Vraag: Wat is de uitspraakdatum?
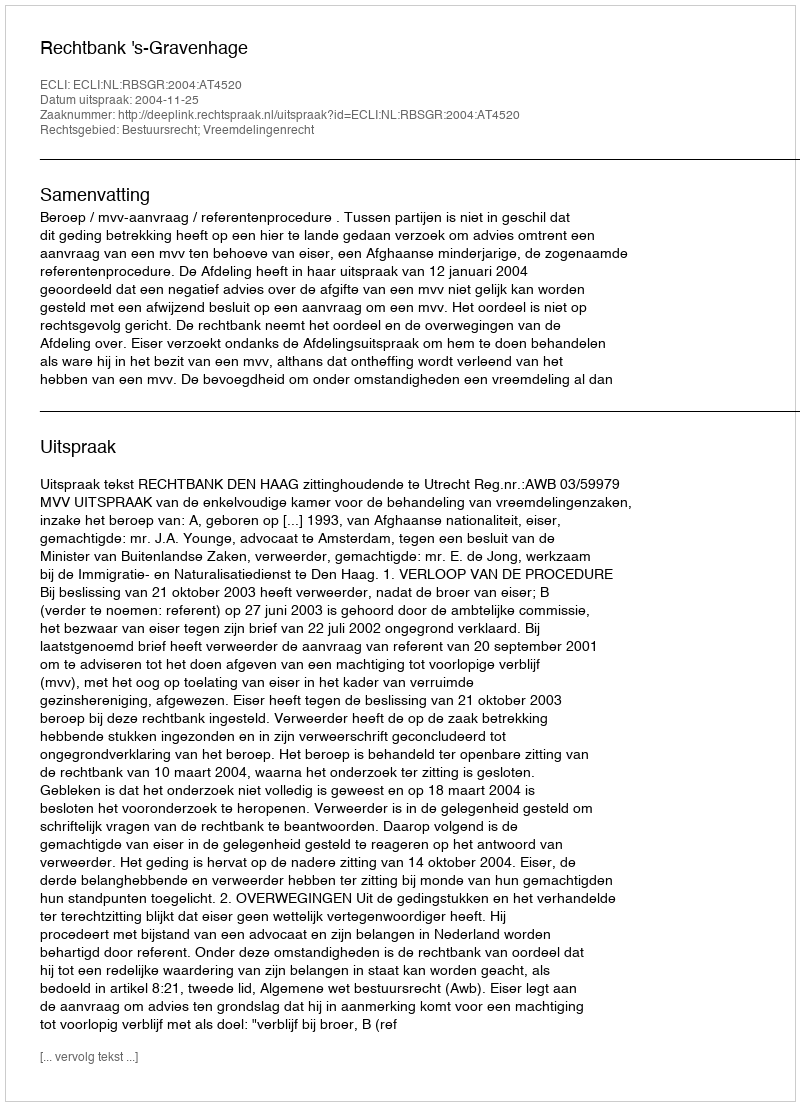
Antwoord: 2004-11-25